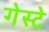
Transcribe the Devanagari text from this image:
गेस्टे